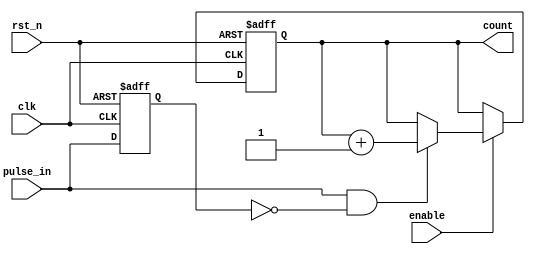
module pulse_counter (
    input wire clk,            // Clock input
    input wire rst_n,         // Asynchronous active-low reset
    input wire enable,        // Enable signal for counting
    input wire pulse_in,      // Input pulse signal
    output reg [N-1:0] count  // Output count (N bits wide)
);

parameter N = 8; // Define the width of the counter (adjust as needed)

reg pulse_last; // Register to hold the last state of the pulse input

// Always block to handle pulse detection and counting
always @(posedge clk or negedge rst_n) begin
    if (!rst_n) begin
        // Asynchronous reset
        count <= 0;
        pulse_last <= 0; // Reset last pulse state
    end else begin
        // Edge detection logic
        if (enable) begin
            if (pulse_in && !pulse_last) begin
                // Rising edge detected
                count <= count + 1;
            end
        end
        pulse_last <= pulse_in; // Update last pulse state
    end
end

endmodule